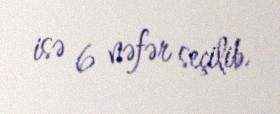
isə 6 nəfər seçilib.